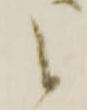
候